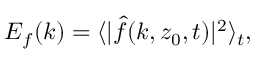
E _ { f } ( k ) = \langle \vert \hat { f } ( k , z _ { 0 } , t ) \vert ^ { 2 } \rangle _ { t } ,